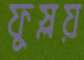
ফুস্‌লয়